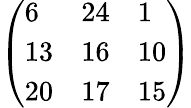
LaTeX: \left(\begin{array}{lll}{6}&{24}&{1}\\ {13}&{16}&{10}\\ {20}&{17}&{15}\end{array}\right)